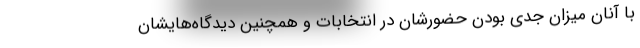
با آنان میزان جدی ‌بودن حضورشان در انتخابات و همچنین دیدگاه‌هایشان